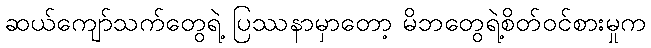
ဆယ်ကျော်သက်တွေရဲ့ ပြဿနာမှာတော့ မိဘတွေရဲ့စိတ်ဝင်စားမှုက